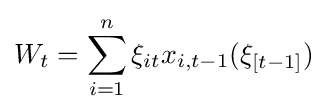
W_{t}=\sum _{i=1}^{n}\xi _{it}x_{i,t-1}(\xi _{[t-1]})